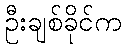
ဦးချစ်ခိုင်က